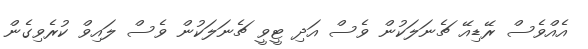
އެއްވެސް ރޭޑިއޭ ޗެނަލަކުން ވެސް އަދި ޓީވީ ޗެނަލަކުން ވެސް ލައިވް ކުރެވިގެން